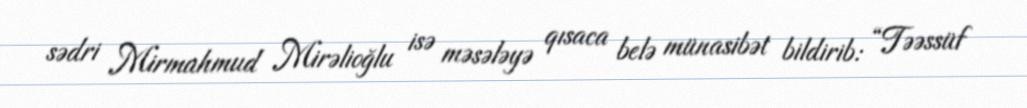
sədri Mirmahmud Mirəlioğlu isə məsələyə qısaca belə münasibət bildirib: “Təəssüf